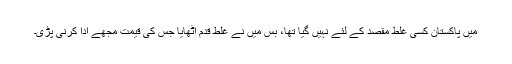
میں پاکستان کسی غلط مقصد کے لئے نہیں گیا تھا، بس میں نے غلط قدم اٹھایا جس کی قیمت مجھے ادا کرنی پڑی۔